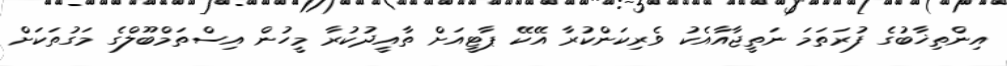
އިންތިޚާބުގެ ފުރަތަމަ ނަތީޖާއާއެކު ވެރިކަންކުރާ އޭކޭ ޕާޓީއަށް ތާއީދުކުރާ މީހުން އިސްތަމްބޫލްގެ މަގުތަކަށް